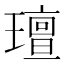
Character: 璮